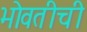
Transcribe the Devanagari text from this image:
भोवतीची